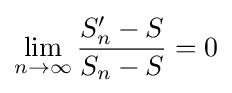
\lim _{n\to \infty }{\frac {S'_{n}-S}{S_{n}-S}}=0